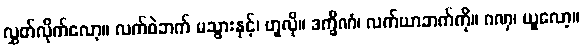
လွှတ်လိုက်လော့။ လက်ဝဲဘက် မသွားနှင့်၊ ဟူလို။ ဒက္ခိဏံ၊ လက်ယာဘက်ကို။ ဂဏှ၊ ယူလော့။